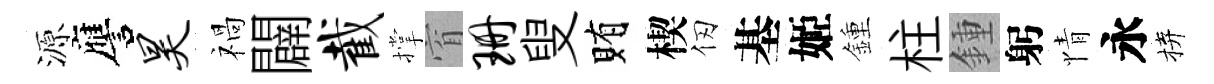
源譍昊禍闢截撑窅珊叟賄楔仞基姬鍾柱鍾躬情永拚